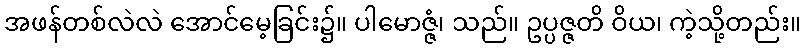
အဖန်တစ်လဲလဲ အောင်မေ့ခြင်း၌။ ပါမောဇ္ဇံ၊ သည်။ ဥပ္ပဇ္ဇတိ ဝိယ၊ ကဲ့သို့တည်း။